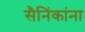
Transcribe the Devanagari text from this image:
सैनिंकांना